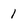
Character: 1